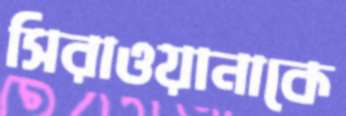
সিরাওয়ানাকে